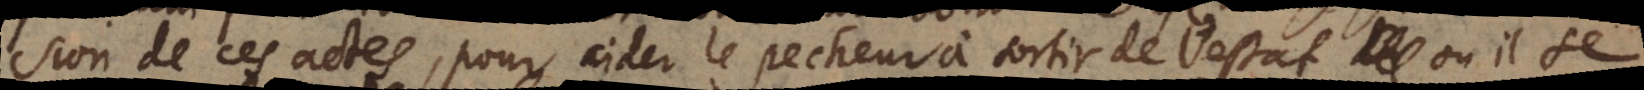
sion de ces actes, pour aider le pecheur à sortir de l’estat où il se